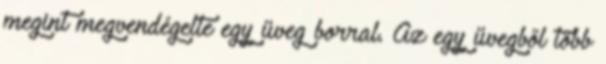
megint megvendégelte egy üveg borral. Az egy üvegből több